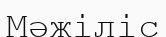
Мәжіліс